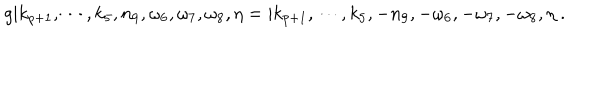
LaTeX: g | k _ { p + 1 } , \cdots , k _ { 5 } , n _ { 9 } , \omega _ { 6 } , \omega _ { 7 } , \omega _ { 8 } , \eta = | k _ { p + 1 } , \cdots , k _ { 5 } , - n _ { 9 } , - \omega _ { 6 } , - \omega _ { 7 } , - \omega _ { 8 } , \eta \ .